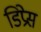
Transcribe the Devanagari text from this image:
डिप्रेस